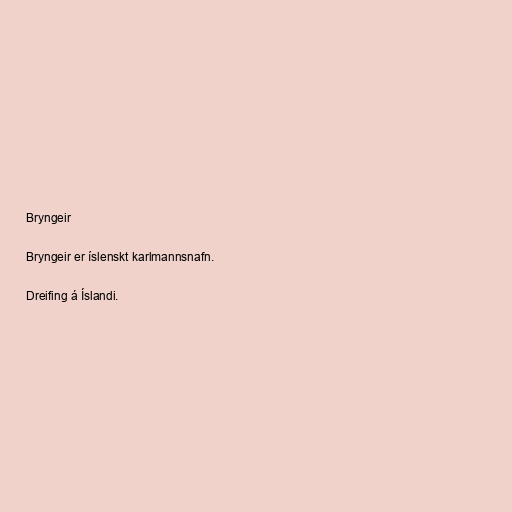
Bryngeir

Bryngeir er íslenskt karlmannsnafn.

Dreifing á Íslandi.